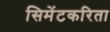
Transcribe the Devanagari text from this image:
सिमेंटकरिता